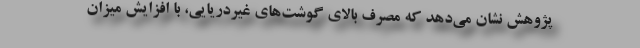
پژوهش نشان می‌دهد که مصرف بالای گوشت‌های غیردریایی، با افزایش میزان